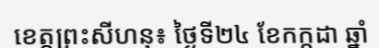
ខេត្តព្រះសីហនុ៖ ថ្ងៃទី២៤ ខែកក្កដា ឆ្នាំ